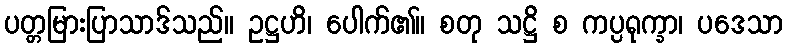
ပတ္တမြားပြာသာဒ်သည်။ ဥဋ္ဌဟိ၊ ပေါက်၏။ စတု သဋ္ဌိ စ ကပ္ပရုက္ခာ၊ ပဒေသာ